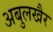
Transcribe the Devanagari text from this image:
अबुलखैर